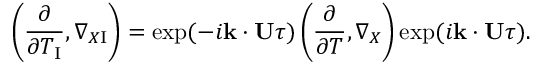
\left( { \frac { \partial } { \partial T _ { \mathrm { { I } } } } , \nabla _ { X \mathrm { { I } } } } \right) = \exp ( - i { \bf { k } } \cdot { \bf { U } } \tau ) \left( { \frac { \partial } { \partial T } , \nabla _ { X } } \right) \exp ( i { \bf { k } } \cdot { \bf { U } } \tau ) .